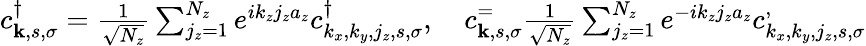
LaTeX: \begin{array}{r}{c_{{\mathbf k},s,\sigma}^{\dagger}=\frac{1}{\sqrt{N_{z}}}\sum_{j_{z}=1}^{N_{z}}e^{ik_{z}j_{z}a_{z}}c_{k_{x},k_{y},j_{z},s,\sigma}^{\dagger},~~~~c_{{\mathbf k},s,\sigma}^=\frac{1}{\sqrt{N_{z}}}\sum_{j_{z}=1}^{N_{z}}e^{-ik_{z}j_{z}a_{z}}c_{k_{x},k_{y},j_{z},s,\sigma}^,}\end{array}